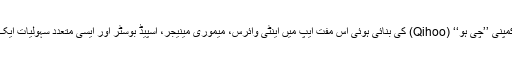
چینی ٹیکنالوجی کمپنی ’’چی ہو‘‘ (Qihoo) کی بنائی ہوئی اس مفت ایپ میں اینٹی وائرس، میموری مینیجر، اسپیڈ بوسٹر اور ایسی متعدد سہولیات ایک ساتھ موجود ہیں۔